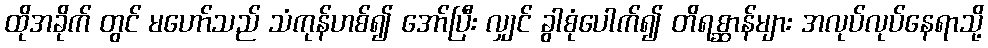
ထိုအခိုက် တွင် မဟော်သည် သံကုန်ဟစ်၍ အော်ပြီး လျှင် ခွါစုံပေါက်၍ တိရစ္ဆာန်များ အလုပ်လုပ်နေရာသို့